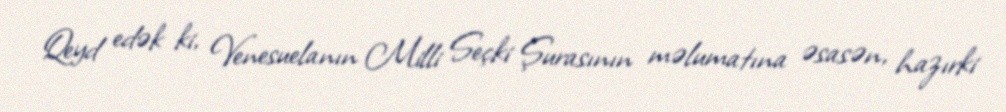
Qeyd edək ki, Venesuelanın Milli Seçki Şurasının məlumatına əsasən, hazırki